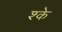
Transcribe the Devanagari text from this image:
श्के